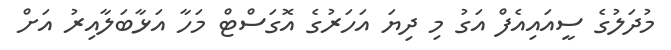
މުދަލުގެ ސީއައިއެފް އަގު މި ދިޔަ އަހަރުގެ އޮގަސްޓް މަހާ އަޅާބަލާއިރު އަށް